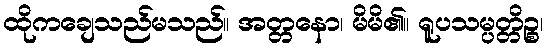
ထိုကချေသည်မသည်။ အတ္တနော၊ မိမိ၏။ ရူပသမ္ပတ္တိဉ္စ၊